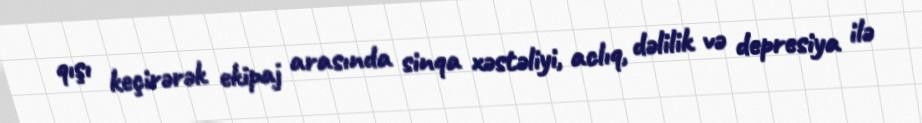
qışı keçirərək ekipaj arasında sinqa xəstəliyi, aclıq, dəlilik və depresiya ilə